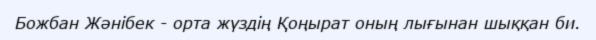
Божбан Жәнібек - орта жүздің Қоңырат оның лығынан шыққан би.